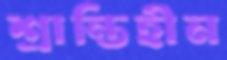
শ্রান্তিহীন